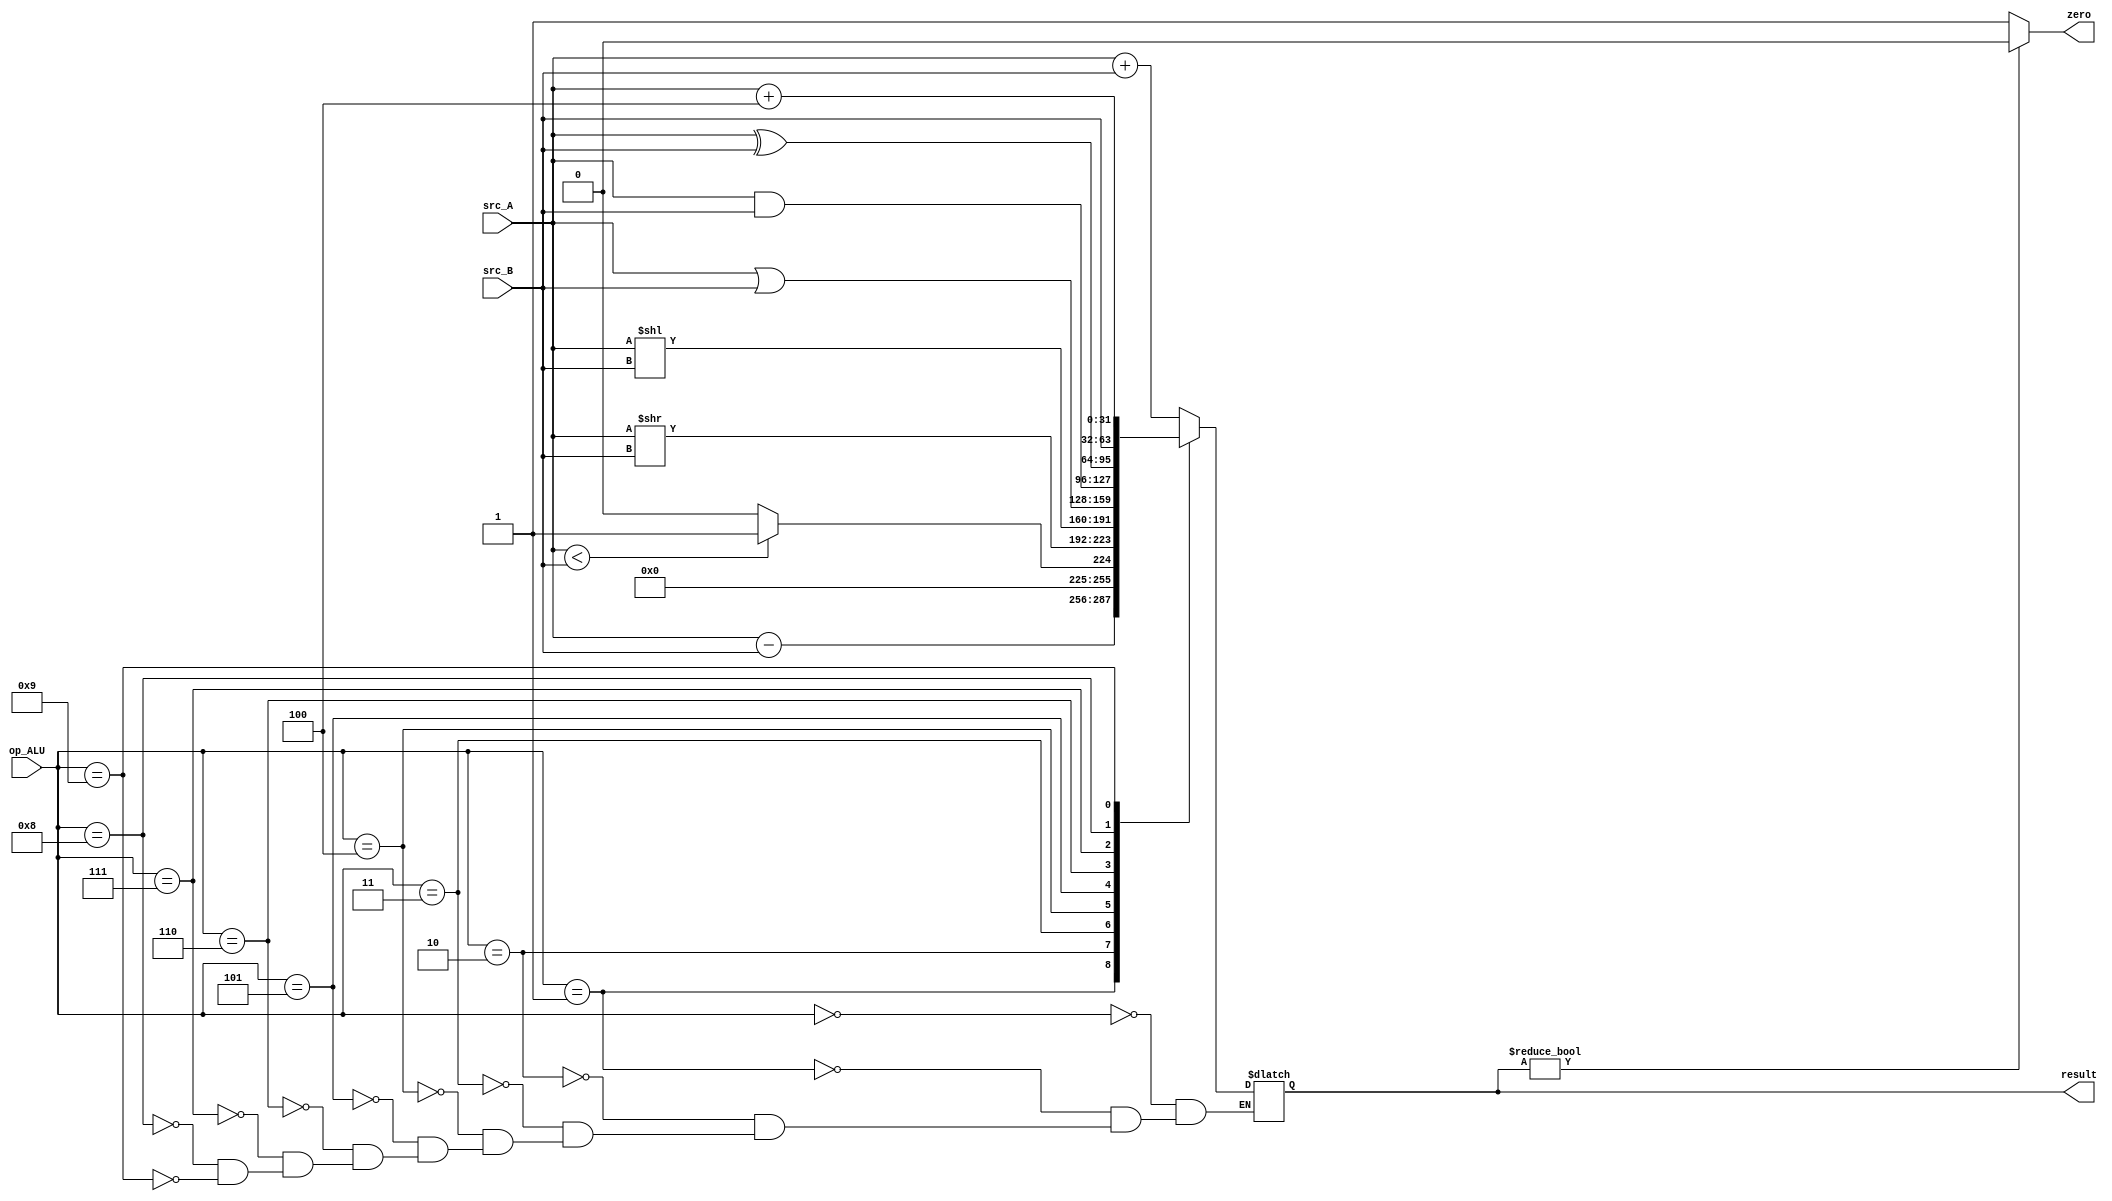
`timescale 1ns / 1ps
// moduleName: ALU
// fileName: ALU
// Here is a module :  Arithmetic and Logic Unit
// fuction : 

module ALU(
  input [3:0] op_ALU,           // ALU
  input [31:0] src_A,        	  // A
  input [31:0] src_B,           // B
    output reg zero,            // 0
  output reg[31:0] result       // 
    );

  //  0
	initial 
	 begin
		zero <= 0;
	 end


	always@(*)
	 begin
		case (op_ALU)
			4'b0000 :  result <= src_A + src_B;             // 
			4'b0001 :  result <= src_A - src_B;             // -
      4'b0010 :  result <= (src_A < src_B) ? 1 : 0;   // A < B ?
			4'b0011 :  result <= src_A >> src_B;            // A  B 
			4'b0100 :  result <= src_A << src_B;            // A  B 
			4'b0101 :  result <= src_A | src_B;             // A  B
			4'b0110 :  result <= src_A & src_B;             // A  B
			4'b0111 :  result <= src_A ^ src_B;             // A  B
      4'b1000 :  result <= src_B;											// for movn, movz
        																							// rt 0
        					
      4'b1001 :  result <= src_A + 4;									// jal addr$31
      
      
      default: result <= result;	// do nothing
		endcase
	 
		// 0
		if (result)  zero = 0;
		else  zero = 1;
	 end

endmodule